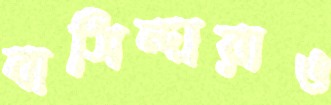
বাসিন্দারাও